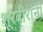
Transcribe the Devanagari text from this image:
शूरवीरांनी